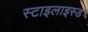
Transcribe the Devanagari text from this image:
स्टाइलाइस्ड